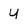
Character: U